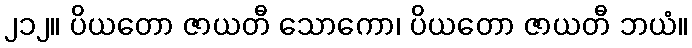
၂၁၂။ ပိယတော ဇာယတီ သောကော၊ ပိယတော ဇာယတီ ဘယံ။